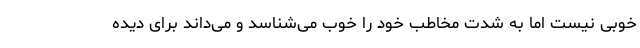
خوبی نیست اما به شدت مخاطب خود را خوب می‌شناسد و می‌داند برای دیده